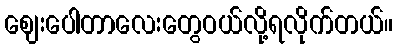
ဈေးပေါတာလေးတွေဝယ်လို့ရလိုက်တယ်။